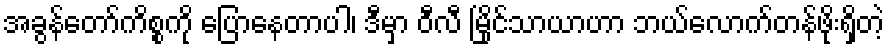
အခွန်တော်ကိစ္စကို ပြောနေတာပါ၊ ဒီမှာ ဝီလီ မြိုင်သာယာဟာ ဘယ်လောက်တန်ဖိုးရှိတဲ့